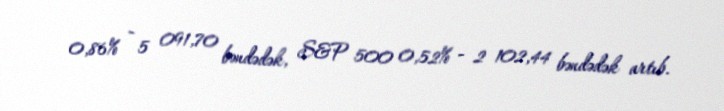
0,86% - 5 091,70 bəndədək, S&P 500 0,52% - 2 102,44 bəndədək artıb.